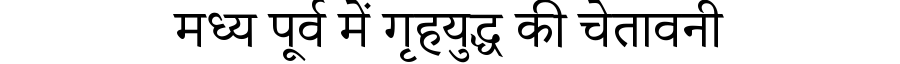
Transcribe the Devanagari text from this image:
मध्य पूर्व में गृहयुद्ध की चेतावनी